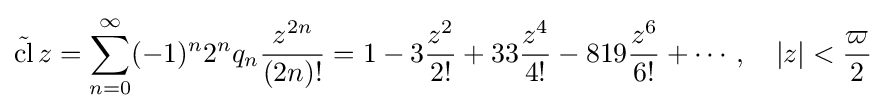
{\tilde {\operatorname {cl} }}\,z=\sum _{n=0}^{\infty }(-1)^{n}2^{n}q_{n}{\frac {z^{2n}}{(2n)!}}=1-3{\frac {z^{2}}{2!}}+33{\frac {z^{4}}{4!}}-819{\frac {z^{6}}{6!}}+\cdots ,\quad \left|z\right|<{\frac {\varpi }{2}}